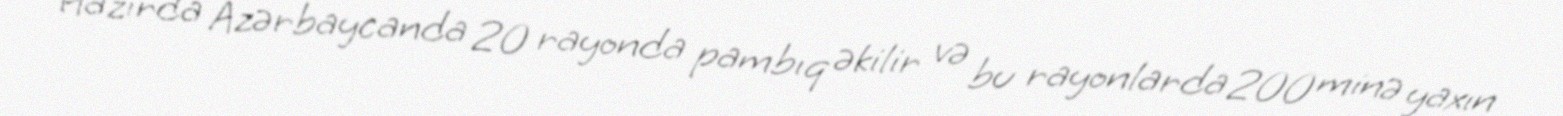
Hazırda Azərbaycanda 20 rayonda pambıq əkilir və bu rayonlarda 200 minə yaxın